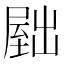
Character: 𫥫